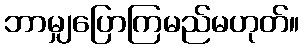
ဘာမျှပြောကြမည်မဟုတ်။